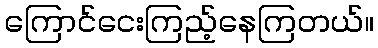
ကြောင်ငေးကြည့်နေကြတယ်။